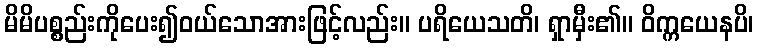
မိမိပစ္စည်းကိုပေး၍ဝယ်သောအားဖြင့်လည်း။ ပရိယေသတိ၊ ရှာမှီး၏။ ဝိက္ကယေနပိ၊